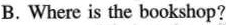
B.Where is the bookshop?